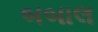
બબાલ